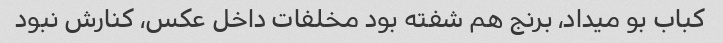
کباب بو میداد، برنج هم شفته بود مخلفات داخل عکس، کنارش نبود